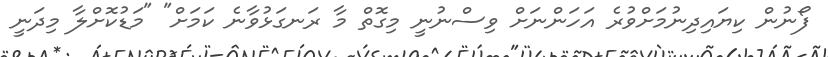
ފޯނުން ކިޔައިދިނުމަށްވުރެ އަހަންނަށް ވިސްނުނީ މިގޮތް މާ ރަނގަޅުވާނެ ކަމަށް" "މަޑުކޮށްލާ މިދަނީ